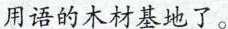
用语的木材基地了。